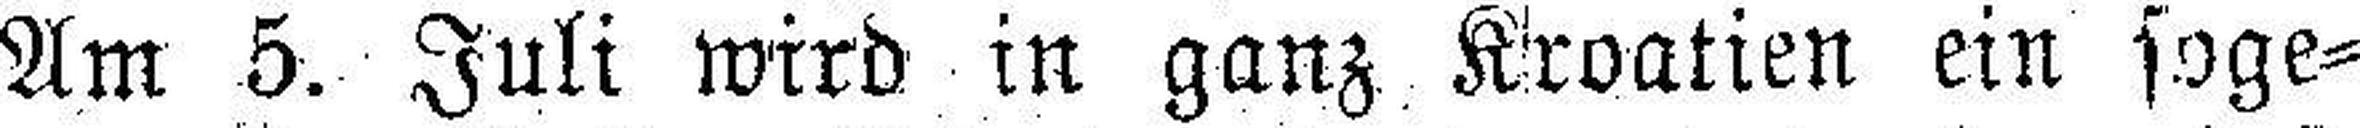
Am 5. Juli wird in ganz Kroatien ein soge¬